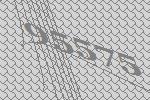
95575